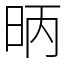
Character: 昞